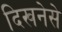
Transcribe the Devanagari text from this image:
दिखनेसे